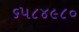
૬૫૮૪૯૮૦